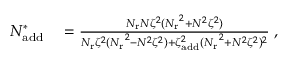
\begin{array} { r l } { N _ { \mathrm { a d d } } ^ { * } } & { { } = \frac { { N _ { \mathrm { r } } } N \zeta ^ { 2 } ( { N _ { \mathrm { r } } } ^ { 2 } + N ^ { 2 } \zeta ^ { 2 } ) } { { N _ { \mathrm { r } } } \zeta ^ { 2 } ( { N _ { \mathrm { r } } } ^ { 2 } - N ^ { 2 } \zeta ^ { 2 } ) + \zeta _ { \mathrm { a d d } } ^ { 2 } ( { N _ { \mathrm { r } } } ^ { 2 } + N ^ { 2 } \zeta ^ { 2 } ) ^ { 2 } } \; , } \end{array}